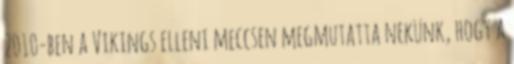
2010-ben a Vikings elleni meccsen megmutatta nekünk, hogy a